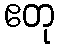
ဧတု